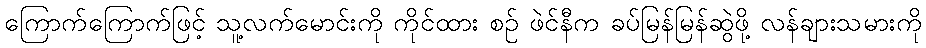
ကြောက်ကြောက်ဖြင့် သူ့လက်မောင်းကို ကိုင်ထား စဉ် ဖဲင်နီက ခပ်မြန်မြန်ဆွဲဖို့ လန်ချားသမားကို